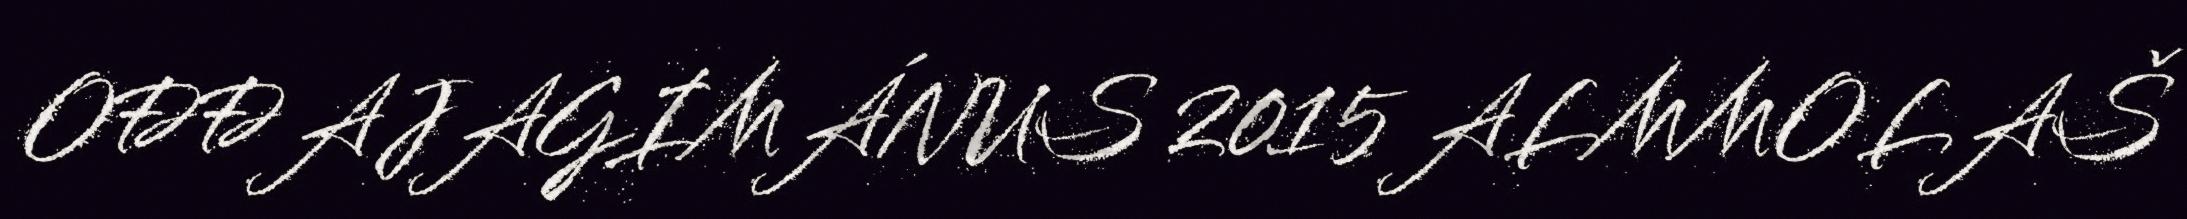
OĐĐAJAGIMÁNUS 2015 ALMMOLAŠ